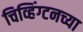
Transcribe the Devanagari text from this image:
चिव्हिंग्टनच्या